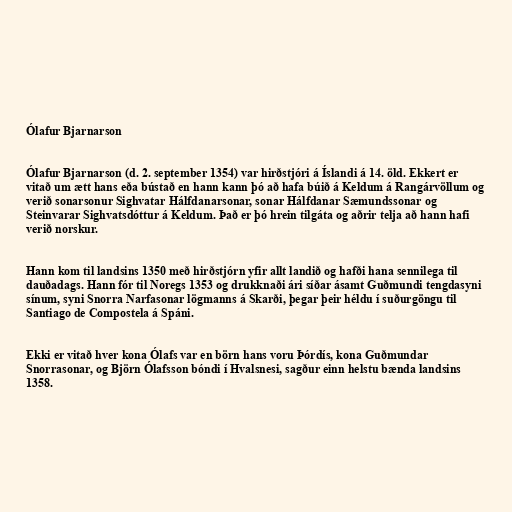
Ólafur Bjarnarson

Ólafur Bjarnarson (d. 2. september 1354) var hirðstjóri á Íslandi á 14. öld. Ekkert er
vitað um ætt hans eða bústað en hann kann þó að hafa búið á Keldum á Rangárvöllum og
verið sonarsonur Sighvatar Hálfdanarsonar, sonar Hálfdanar Sæmundssonar og
Steinvarar Sighvatsdóttur á Keldum. Það er þó hrein tilgáta og aðrir telja að hann hafi
verið norskur.

Hann kom til landsins 1350 með hirðstjórn yfir allt landið og hafði hana sennilega til
dauðadags. Hann fór til Noregs 1353 og drukknaði ári síðar ásamt Guðmundi tengdasyni
sínum, syni Snorra Narfasonar lögmanns á Skarði, þegar þeir héldu í suðurgöngu til
Santiago de Compostela á Spáni.

Ekki er vitað hver kona Ólafs var en börn hans voru Þórdís, kona Guðmundar
Snorrasonar, og Björn Ólafsson bóndi í Hvalsnesi, sagður einn helstu bænda landsins
1358.